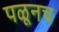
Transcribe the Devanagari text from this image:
पळूनच